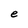
Character: e